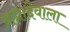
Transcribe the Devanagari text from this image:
ब्रह्मादेवाला